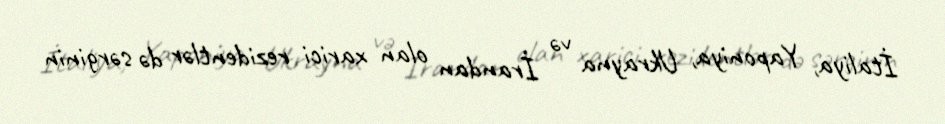
İtaliya, Yaponiya, Ukrayna və İrandan olan xarici rezidentlər də sərginin